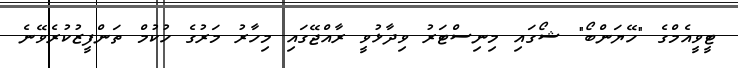
ޓީވީއެމްގެ "ހޭޔަންބޯ" ޝޯގައި މިނިސްޓަރު ވިދާޅުވީ ރާއްޖޭގައި މިހާރު މަރުގެ ހުކުމް ތަންފީޒުކުރެވޭނެ